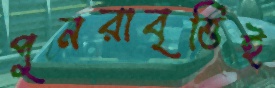
পুনরাবৃত্তিই